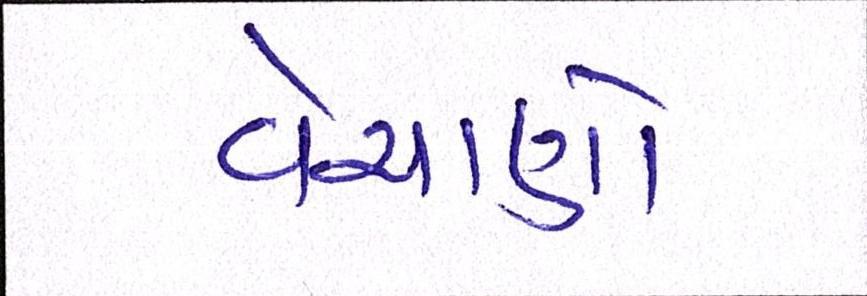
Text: વેચાણો